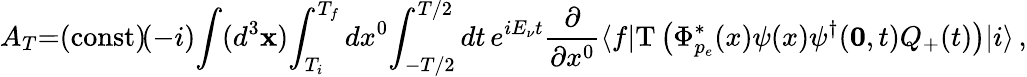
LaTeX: A_{T}{=}(\mathrm{const})\! (-i)\! \int(d^{3}{\mathbf x})\! \int_{T_{i}}^{T_{f}}dx^{0}\! \int_{-T/2}^{T/2}dt\, e^{iE_{\nu}t}{\frac{\partial}{\partial x^{0}}}\langle f|\mathrm{T}\left(\Phi_{p_{e}}^{*}(x)\psi(x)\psi^{\dagger}({\mathbf 0},t)Q_{+}(t)\right)|i\rangle\, ,